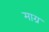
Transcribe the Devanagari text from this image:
माग्र